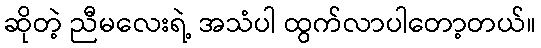
ဆိုတဲ့ ညီမလေးရဲ့ အသံပါ ထွက်လာပါတော့တယ်။